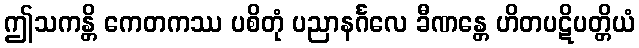
ဤသကန္တိ ကေတကဿ ပစိတုံ ပညာနင်္ဂလေ ခီဏန္တေ ဟိတပဋိပတ္တိယံ